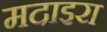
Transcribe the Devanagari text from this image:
मदाइरा